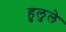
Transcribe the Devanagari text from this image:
हुलुले